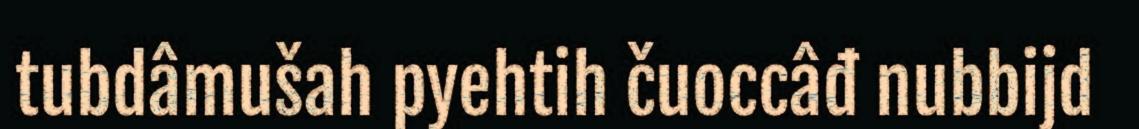
tubdâmušah pyehtih čuoccâđ nubbijd